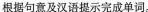
根据句意及汉语提示完成单词.